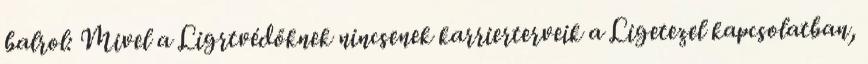
balrol: Mivel a Ligrtvédőknek nincsenek karrierterveik a Ligetezel kapcsolatban,